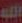
الله